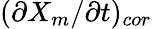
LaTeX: (\partial X_{m}/\partial t)_{cor}